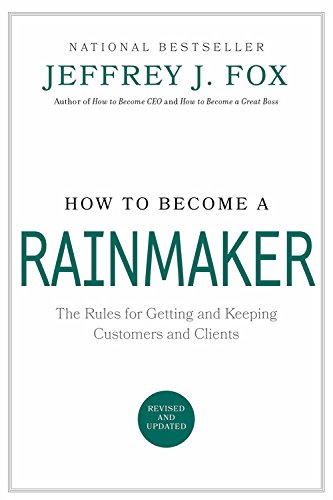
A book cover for How to Become a Rainmaker: The Rules for Getting and Keeping Customers and Clients; Jeffrey J. Fox; Business & Money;